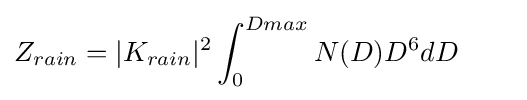
Z_{rain}=|K_{rain}|^{2}\int _{0}^{Dmax}N(D)D^{6}dD\qquad